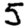
Digit: 5